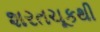
શરતચૂકથી